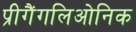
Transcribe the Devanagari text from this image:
प्रीगैंगलिओनिक